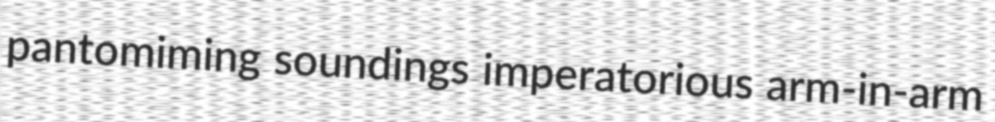
pantomiming soundings imperatorious arm-in-arm